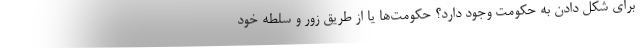
برای شکل دادن به حکومت وجود دارد؟ حکومت‌ها یا از طریق زور و سلطه خود